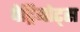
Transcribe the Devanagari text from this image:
पेट्रियोट्स